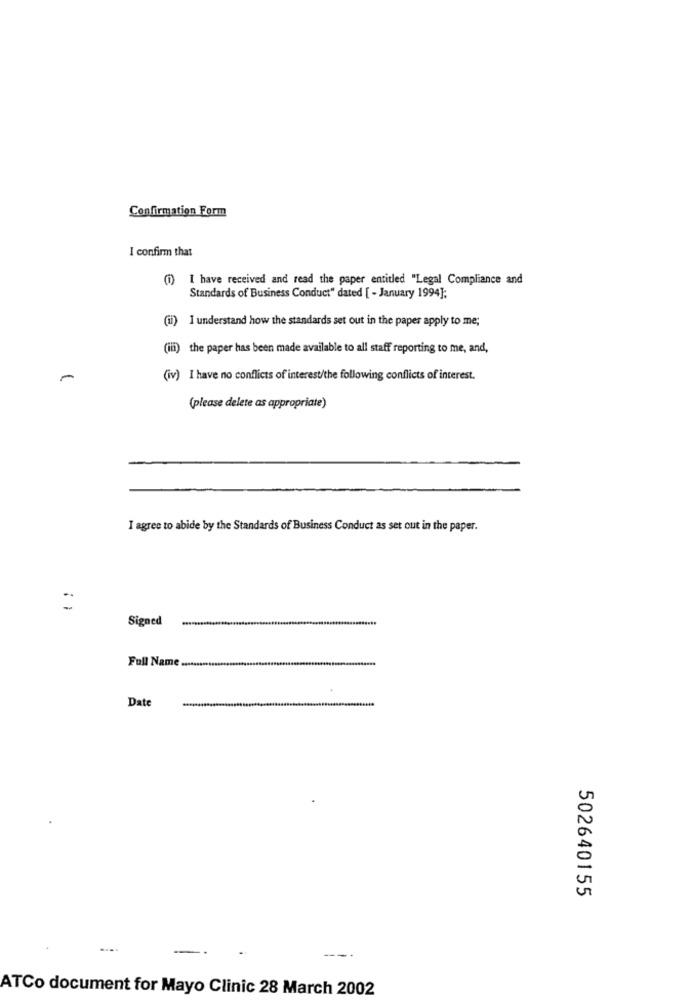
Confirmation Form
I confirm that
(1) I have received and read the paper entitled "Legal Compliance and
Standards of Business Conduct" dated [ - January 1994];
(ii) I understand how the standards set out in the paper apply to me;
(iii) the paper has been made available to all staff reporting to me, and,
-
(iv) I have no conflicts of interest/the following conflicts of interest.
(please delete as appropriate)
I agree to abide by the Standards of Business Conduct as set out in the paper.
=
Signed
Full Name
Date
502640155
-
ATCo document for Mayo Clinic 28 March 2002